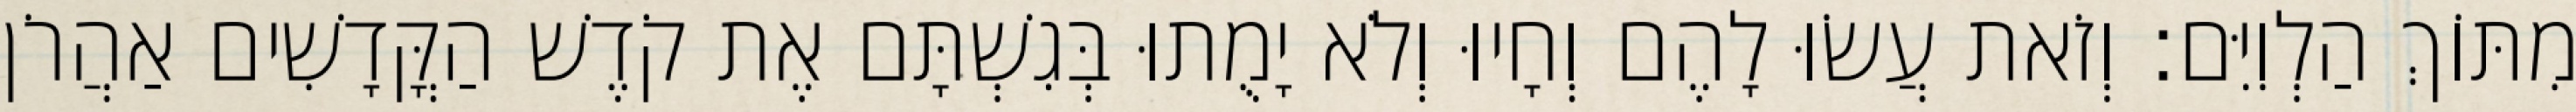
מִתּוֹךְ הַלְוִיִּם׃ וְזֹאת עֲשׂוּ לָהֶם וְחָיוּ וְלֹא יָמֻתוּ בְּגִשְׁתָּם אֶת קֹדֶשׁ הַקֳּדָשִׁים אַהֲרֹן